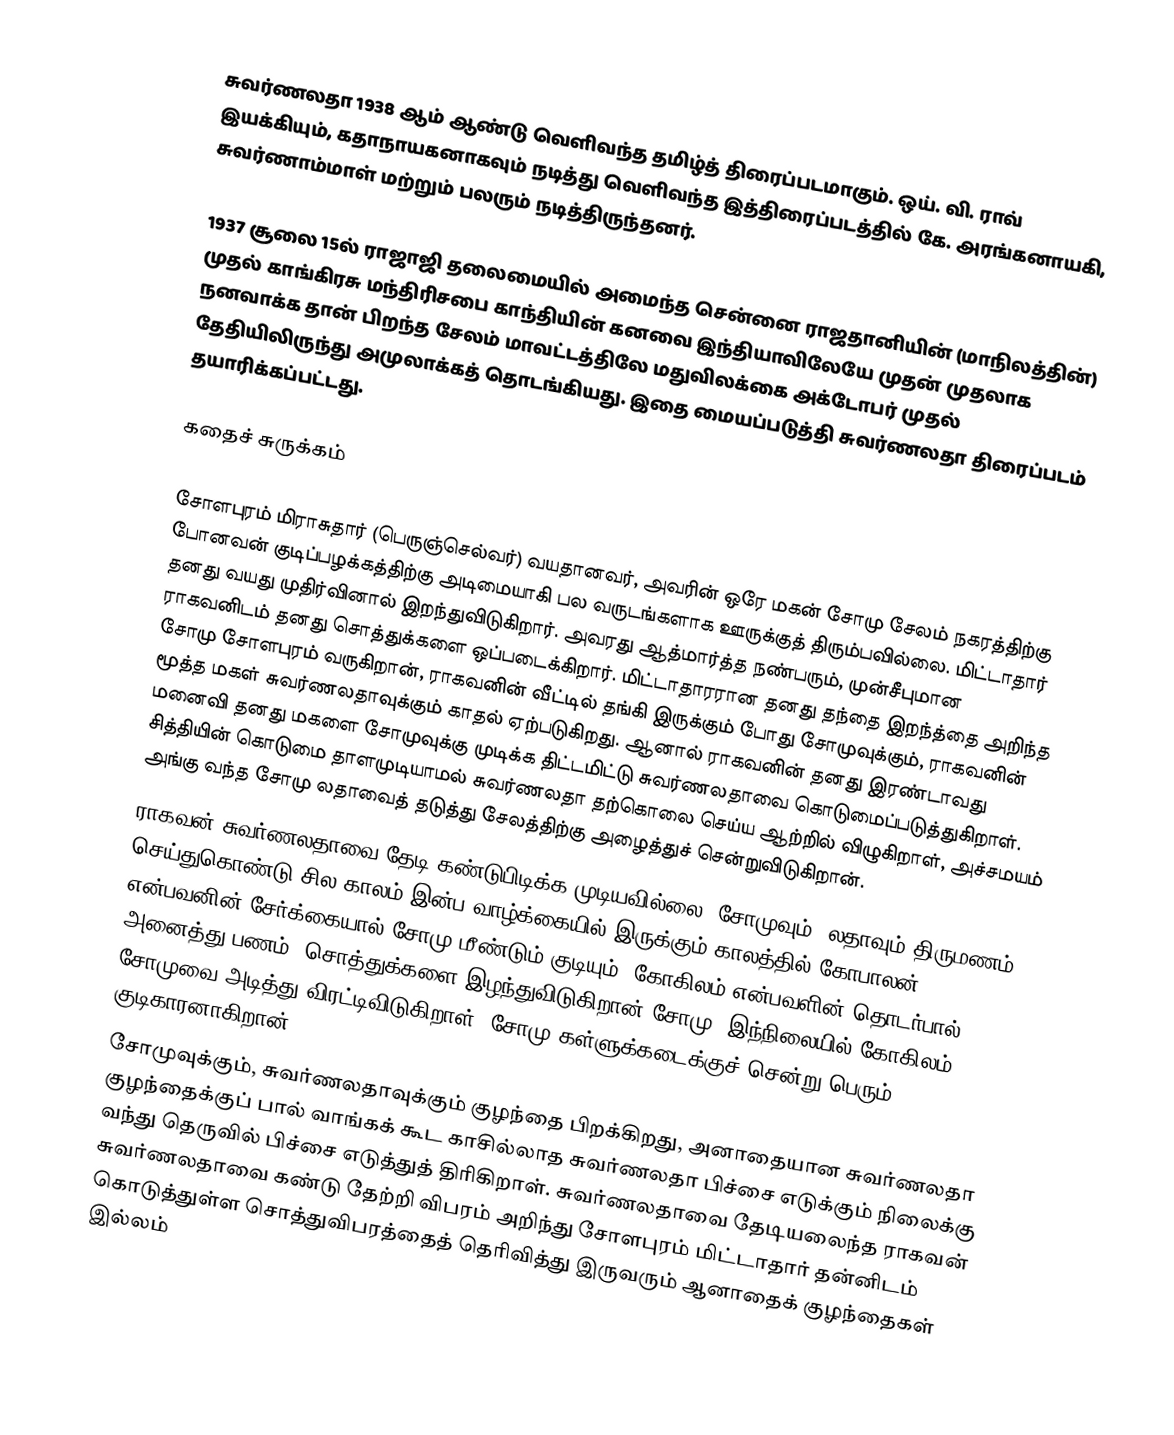
சுவர்ணலதா 1938 ஆம் ஆண்டு வெளிவந்த தமிழ்த் திரைப்படமாகும். ஒய். வி. ராவ் இயக்கியும், கதாநாயகனாகவும் நடித்து வெளிவந்த இத்திரைப்படத்தில் கே. அரங்கனாயகி, சுவர்ணாம்மாள் மற்றும் பலரும் நடித்திருந்தனர்.

1937 சூலை 15ல் ராஜாஜி தலைமையில் அமைந்த சென்னை ராஜதானியின் (மாநிலத்தின்) முதல் காங்கிரசு மந்திரிசபை காந்தியின் கனவை  இந்தியாவிலேயே முதன் முதலாக நனவாக்க தான் பிறந்த சேலம் மாவட்டத்திலே மதுவிலக்கை அக்டோபர் முதல் தேதியிலிருந்து அமுலாக்கத் தொடங்கியது. இதை மையப்படுத்தி சுவர்ணலதா திரைப்படம் தயாரிக்கப்பட்டது.

கதைச் சுருக்கம்

சோளபுரம் மிராசுதார் (பெருஞ்செல்வர்) வயதானவர், அவரின் ஒரே மகன் சோமு சேலம் நகரத்திற்கு போனவன் குடிப்பழக்கத்திற்கு அடிமையாகி பல வருடங்களாக ஊருக்குத் திரும்பவில்லை. மிட்டாதார் தனது வயது முதிர்வினால் இறந்துவிடுகிறார். அவரது ஆத்மார்த்த நண்பரும், முன்சீபுமான ராகவனிடம் தனது சொத்துக்களை ஒப்படைக்கிறார். மிட்டாதாரரான தனது தந்தை இறந்த்தை அறிந்த சோமு சோளபுரம் வருகிறான், ராகவனின் வீட்டில் தங்கி இருக்கும் போது சோமுவுக்கும், ராகவனின் மூத்த மகள் சுவர்ணலதாவுக்கும் காதல் ஏற்படுகிறது. ஆனால் ராகவனின் தனது இரண்டாவது மனைவி தனது மகளை சோமுவுக்கு முடிக்க திட்டமிட்டு சுவர்ணலதாவை கொடுமைப்படுத்துகிறாள். சித்தியின் கொடுமை தாளமுடியாமல் சுவர்ணலதா தற்கொலை செய்ய ஆற்றில் விழுகிறாள், அச்சமயம் அங்கு வந்த  சோமு லதாவைத் தடுத்து சேலத்திற்கு அழைத்துச் சென்றுவிடுகிறான்.
ராகவன் சுவர்ணலதாவை தேடி கண்டுபிடிக்க முடியவில்லை. சோமுவும், லதாவும் திருமணம் செய்துகொண்டு சில காலம் இன்ப வாழ்க்கையில் இருக்கும் காலத்தில் கோபாலன் என்பவனின் சேர்க்கையால் சோமு மீண்டும் குடியும், கோகிலம் என்பவளின் தொடர்பால் அனைத்து பணம், சொத்துக்களை  இழந்துவிடுகிறான் சோமு. இந்நிலையில் கோகிலம் சோமுவை அடித்து விரட்டிவிடுகிறாள். சோமு கள்ளுக்கடைக்குச் சென்று பெரும் குடிகாரனாகிறான்.
சோமுவுக்கும், சுவர்ணலதாவுக்கும் குழந்தை பிறக்கிறது, அனாதையான சுவர்ணலதா குழந்தைக்குப் பால் வாங்கக் கூட காசில்லாத சுவர்ணலதா பிச்சை எடுக்கும் நிலைக்கு வந்து தெருவில் பிச்சை எடுத்துத் திரிகிறாள். சுவர்ணலதாவை தேடியலைந்த ராகவன் சுவர்ணலதாவை கண்டு தேற்றி விபரம் அறிந்து சோளபுரம் மிட்டாதார் தன்னிடம் கொடுத்துள்ள சொத்துவிபரத்தைத் தெரிவித்து இருவரும் ஆனாதைக் குழந்தைகள் இல்லம்